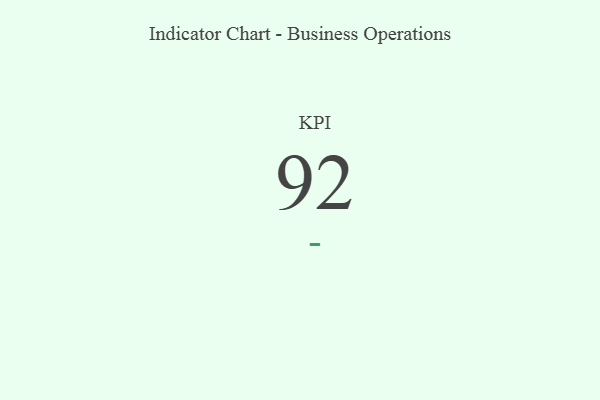
{"axis": {"x": "KPI", "y": "Value"}, "legend": [""], "data": [{"x": "KPI", "y": 92, "type": ""}]}